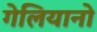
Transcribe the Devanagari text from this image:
गेलियानो